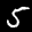
Label: 5